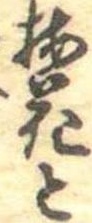
梅花と